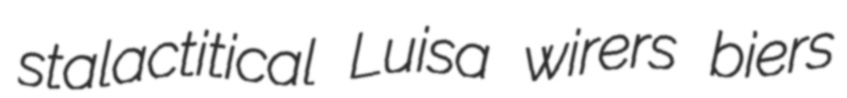
stalactitical Luisa wirers biers